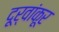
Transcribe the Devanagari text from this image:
दूर्वांकूर